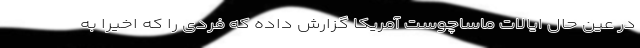
در عین حال ایالات ماساچوست آمریکا گزارش داده که فردی را که اخیرا به